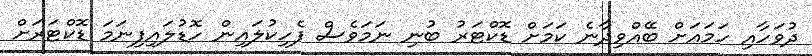
ދުވަހާއި ހަމައަށް ބޭއްވިދާނެ ކަމަށް ޑޮކްޓަރު ބުނި ނަމަވެސް ފެހިކުލައިން ހޮޑުލައިފިނަމަ ޑޮކްޓަރަށް